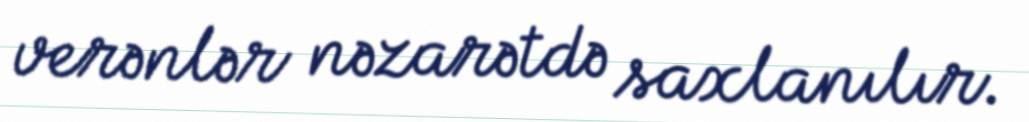
verənlər nəzarətdə saxlanılır.